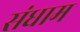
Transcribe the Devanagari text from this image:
संधाम